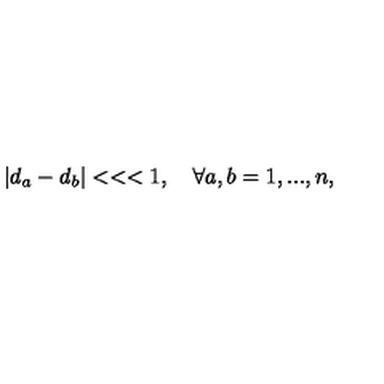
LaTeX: \left| d _ { a } - d _ { b } \right| < < < 1 , \quad \forall a , b = 1 , . . . , n ,